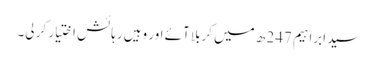
سید ابراہیم 247 ھ میں کربلا آئے اور وہیں رہائش اختیار کر لی۔